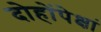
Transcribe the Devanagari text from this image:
दोहोंपेक्षां